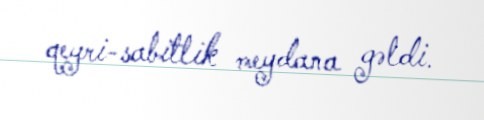
qeyri-sabitlik meydana gəldi.